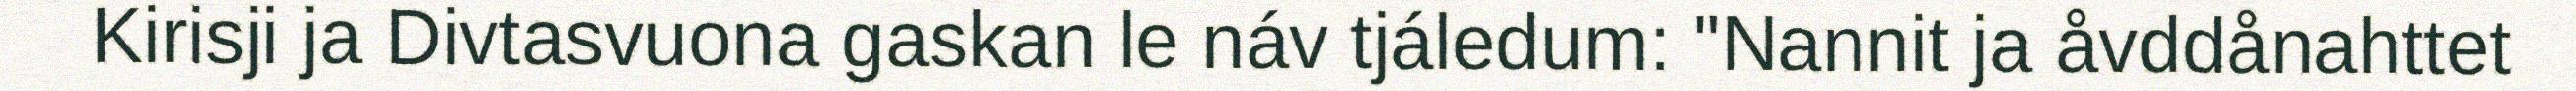
Kirisji ja Divtasvuona gaskan le náv tjáledum: "Nannit ja åvddånahttet